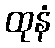
ထုနံ